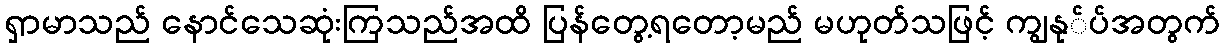
ရှာမာသည် နောင်သေဆုံးကြသည်အထိ ပြန်တွေ့ရတော့မည် မဟုတ်သဖြင့် ကျွနု်ပ်အတွက်